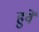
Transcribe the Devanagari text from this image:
हुवें